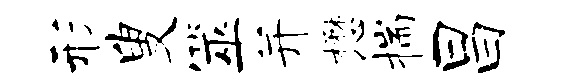
形叟筮并懋揣昌